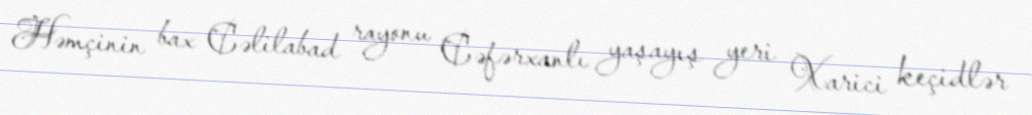
Həmçinin bax Cəlilabad rayonu Cəfərxanlı yaşayış yeri Xarici keçidlər